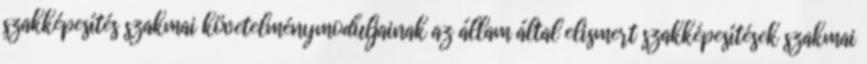
szakképesítés szakmai követelménymoduljainak az állam által elismert szakképesítések szakmai